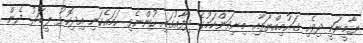
ޔާމީނަކީ ދިވެހި ގައުމިއްޔަތާއި މިނިވަންކަމުގެ ދިފާއުގައި ހުންނެވި ހަމައެކަނި އިދިކޮޅު ލީޑަރު. ދެން